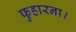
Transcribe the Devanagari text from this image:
फुहारना।